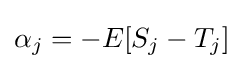
\alpha _{j}=-E[S_{j}-T_{j}]